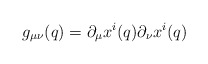
\begin{align*}g_{\mu\nu}(q) = \partial_\mu x^i (q) \partial_\nu x^i (q)\end{align*}